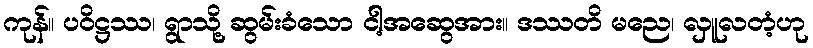
ကုန်။ ပဝိဋ္ဌဿ၊ ရွာသို့ ဆွမ်းခံသော ငါ့အဆွေအား။ ဒဿတိ မညေ၊ လှူလတံ့ဟု